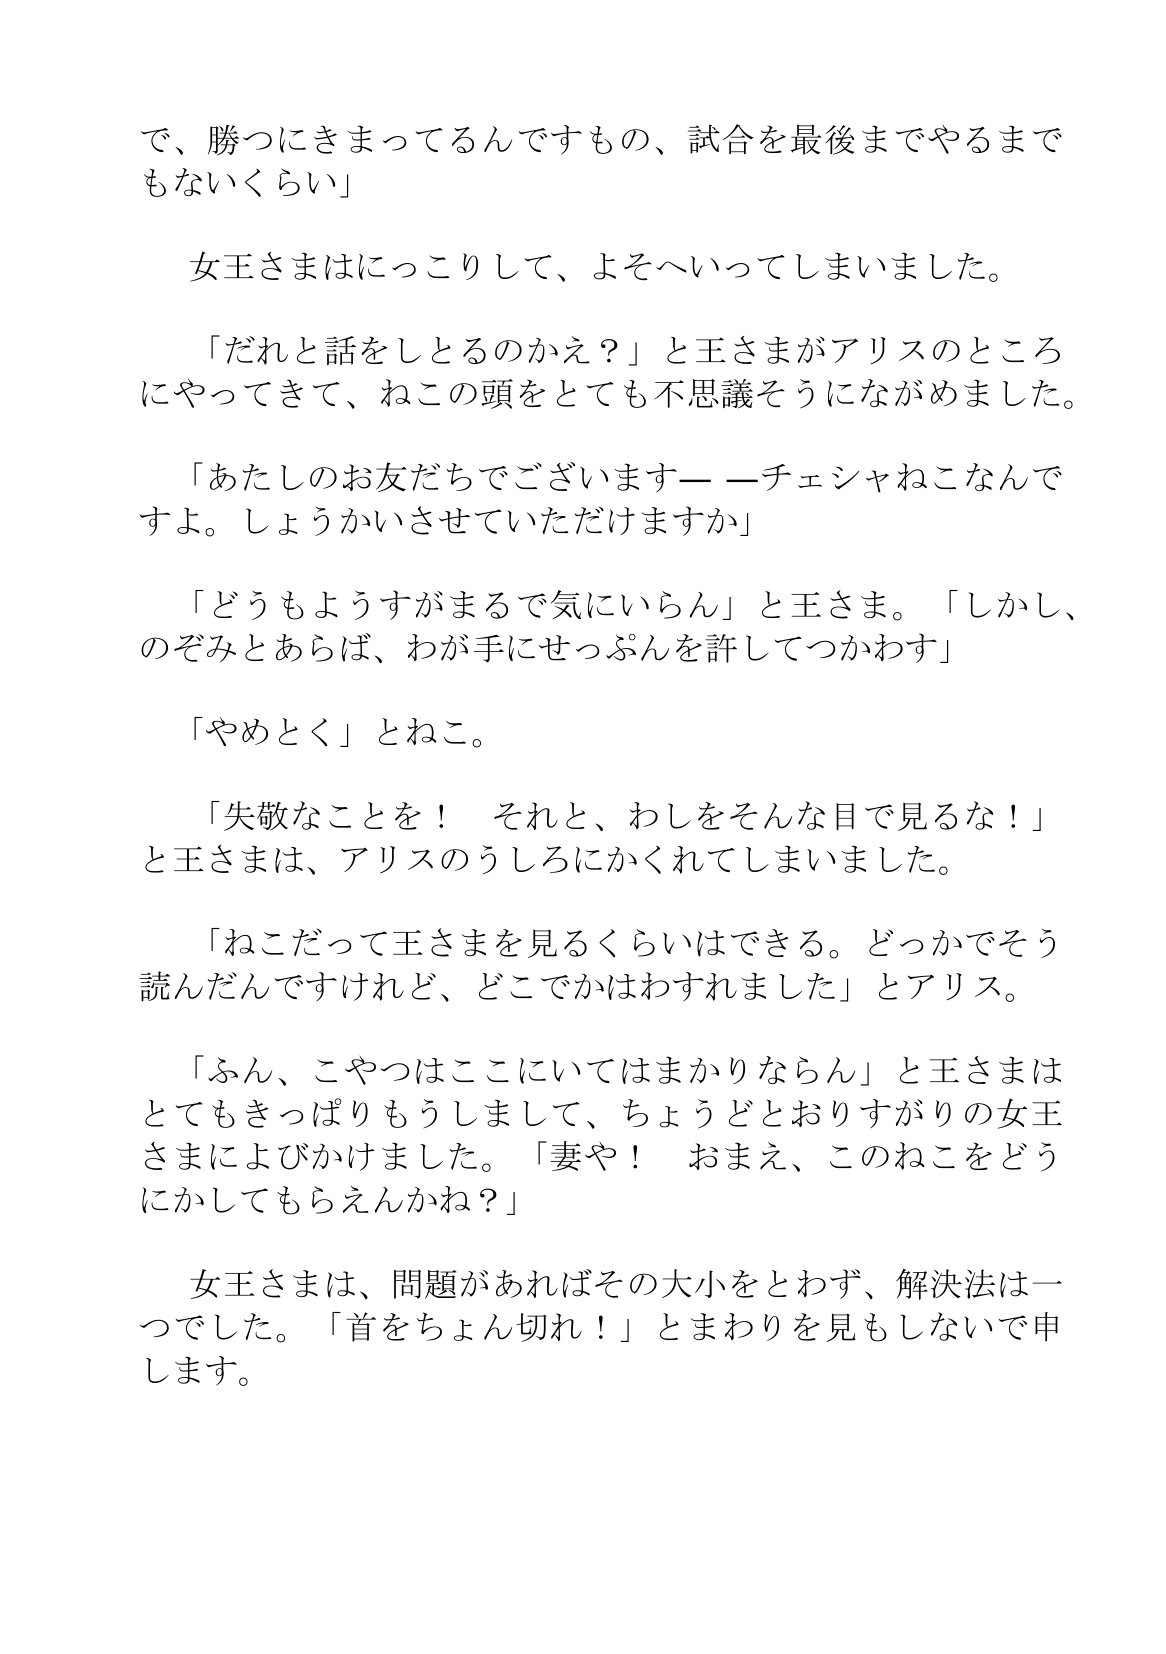
Language: ja